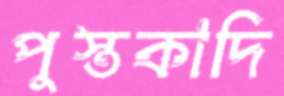
পুস্তকাদি